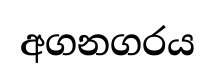
අගනගරය